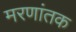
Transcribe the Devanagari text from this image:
मरणांतक